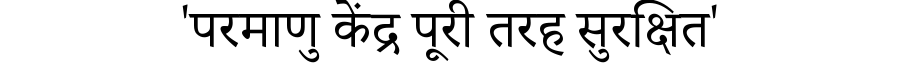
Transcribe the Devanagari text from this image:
'परमाणु केंद्र पूरी तरह सुरक्षित'